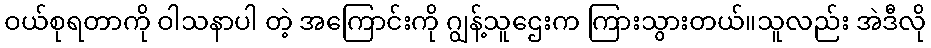
ဝယ်စုရတာကို ဝါသနာပါ တဲ့ အကြောင်းကို ဂျွန့်သူဌေးက ကြားသွားတယ်။သူလည်း အဲဒီလို